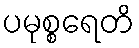
ပမုစ္စရေတိ